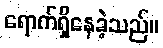
ရောက်ရှိနေခဲ့သည်။